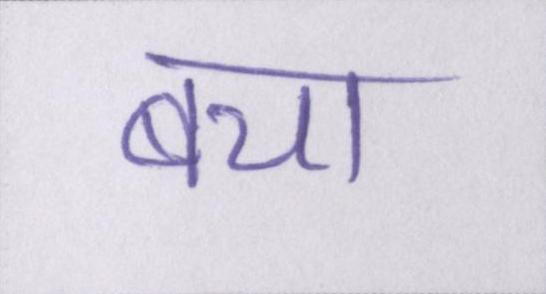
बचा